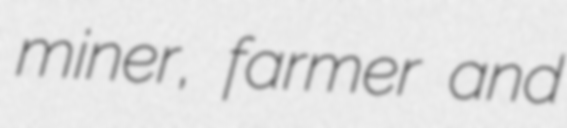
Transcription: miner, farmer and